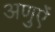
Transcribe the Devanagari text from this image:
अणुऐं